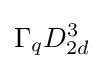
\Gamma _{q}D_{2d}^{3}